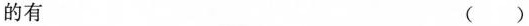
的有 ()